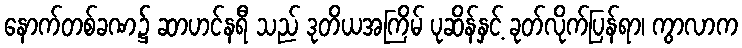
နောက်တစ်ခဏ၌ ဆာဟင်နရီ သည် ဒုတိယအကြိမ် ပုဆိန်နှင့် ခုတ်လိုက်ပြန်ရာ၊ ကွာလာက